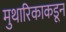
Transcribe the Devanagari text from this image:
मुथारिकाकडून